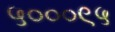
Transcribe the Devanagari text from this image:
५०००९५